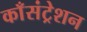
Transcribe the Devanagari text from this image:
काँसंट्रेशन